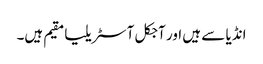
انڈیا سے ہیں اور آجکل آسٹریلیا مقیم ہیں۔